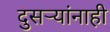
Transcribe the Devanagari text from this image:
दुसर्‍यांनाही